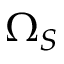
\Omega _ { S }